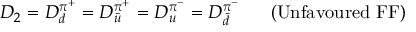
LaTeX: D _ { 2 } = D _ { d } ^ { \pi ^ { + } } = D _ { \bar { u } } ^ { \pi ^ { + } } = D _ { u } ^ { \pi ^ { - } } = D _ { \bar { d } } ^ { \pi ^ { - } } \ \ \ \ \ ( \mathrm { U n f a v o u r e d ~ F F ) }